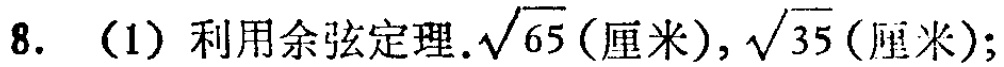
8. （1）利用余弦定理.$\sqrt{65}$(厘米),$\sqrt{35}$(厘米);